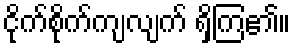
ငိုက်စိုက်ကျလျက် ရှိကြ၏။